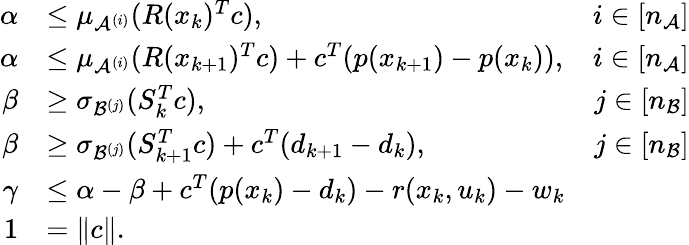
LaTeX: \begin{array}{rlr}{\alpha}&{\leq\mu_{\mathcal{A}^{(i)}}(R(x_{k})^{T}c),}&{i\in[n_{\mathcal{A}}]}\\ {\alpha}&{\leq\mu_{\mathcal{A}^{(i)}}(R(x_{k+1})^{T}c)+c^{T}(p(x_{k+1})-p(x_{k})),}&{i\in[n_{\mathcal{A}}]}\\ {\beta}&{\geq\sigma_{\mathcal{B}^{(j)}}(S_{k}^{T}c),}&{j\in[n_{\mathcal{B}}]}\\ {\beta}&{\geq\sigma_{\mathcal{B}^{(j)}}(S_{k+1}^{T}c)+c^{T}(d_{k+1}-d_{k}),}&{j\in[n_{\mathcal{B}}]}\\ {\gamma}&{\leq\alpha-\beta+c^{T}(p(x_{k})-d_{k})-r(x_{k},u_{k})-w_{k}}\\ {1}&{=\| c\| .}\end{array}